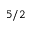
5 / 2